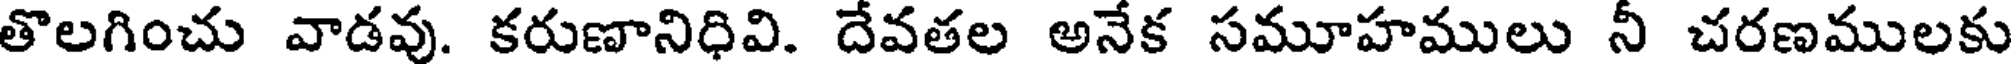
తొలగించు వాడవు. కరుణానిధివి. దేవతల అనేక సమూహములు నీ చరణములకు